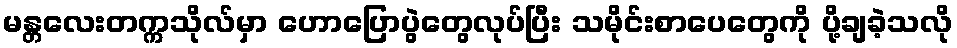
မန္တလေးတက္ကသိုလ်မှာ ဟောပြောပွဲတွေလုပ်ပြီး သမိုင်းစာပေတွေကို ပို့ချခဲ့သလို